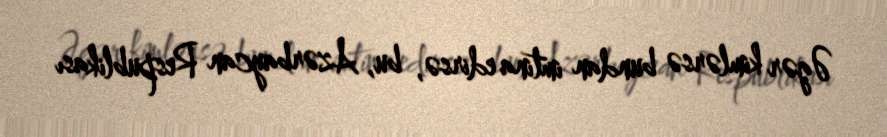
Əgər kimlərsə bundan imtina edirsə, bu, Azərbaycan Respublikası